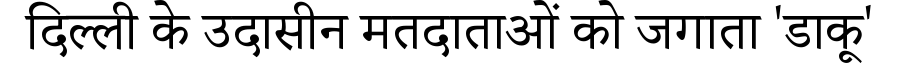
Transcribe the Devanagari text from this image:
दिल्ली के उदासीन मतदाताओं को जगाता 'डाकू'